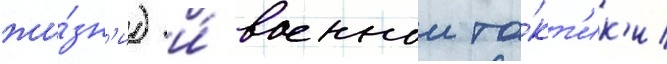
жи́зн'и) и́ военнои та́кт'ик'и